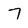
Character: 7